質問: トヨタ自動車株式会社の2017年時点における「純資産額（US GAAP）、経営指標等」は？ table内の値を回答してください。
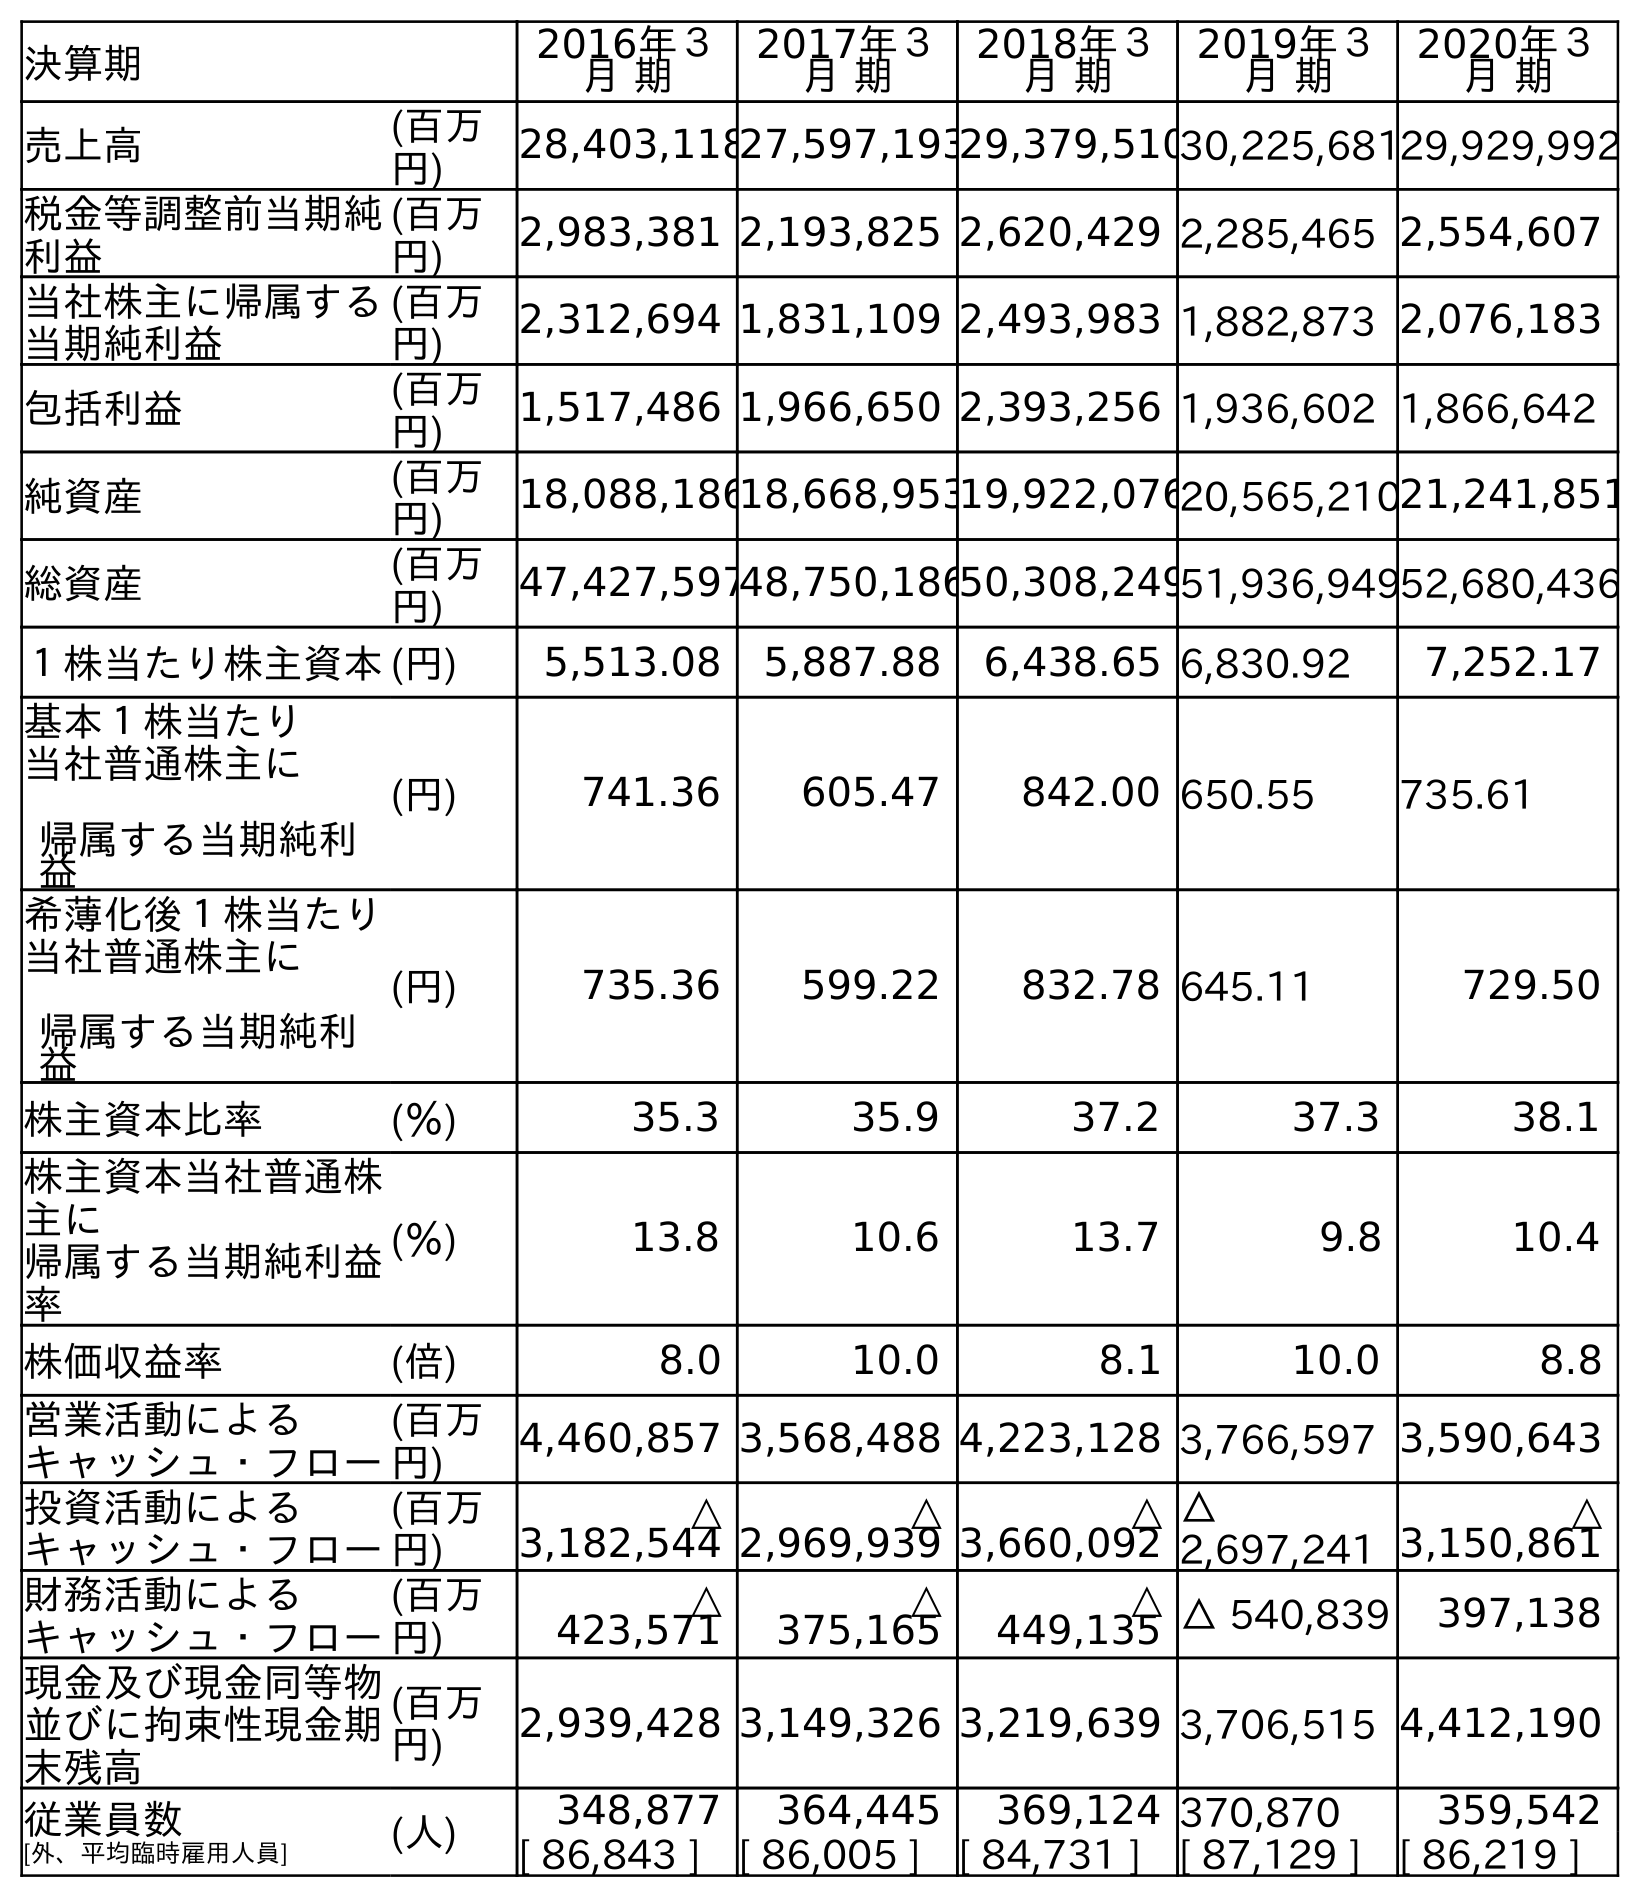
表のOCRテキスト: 決算期 2016年３ 月 期 2017年３ 月 期 2018年３ 月 期 2019年３ 月 期 2020年３ 月 期 売上高 (百万 円) 28,403,11827,597,19329,379,51030,225,68129,929,992 税金等調整前当期純 利益 (百万 円) 2,983,381 2,193,825 2,620,429 2,285,465 2,554,607 当社株主に帰属する 当期純利益 (百万 円) 2,312,694 1,831,109 2,493,983 1,882,873 2,076,183 包括利益 (百万 円) 1,517,486 1,966,650 2,393,256 1,936,602 1,866,642 純資産 (百万 円) 18,088,18618,668,95319,922,07620,565,21021,241,851 総資産 (百万 円) 47,427,59748,750,18650,308,24951,936,94952,680,436 １株当たり株主資本(円) 5,513.08 5,887.88 6,438.65 6,830.92 7,252.17 基本１株当たり 当社普通株主に 帰属する当期純利 益 (円) 741.36 605.47 842.00 650.55 735.61 希薄化後１株当たり 当社普通株主に 帰属する当期純利 益 (円) 735.36 599.22 832.78 645.11 729.50 株主資本比率 (％) 35.3 35.9 37.2 37.3 38.1 株主資本当社普通株 主に 帰属する当期純利益 率 (％) 13.8 10.6 13.7 9.8 10.4 株価収益率 (倍) 8.0 10.0 8.1 10.0 8.8 営業活動による キャッシュ・フロー (百万 円) 4,460,857 3,568,488 4,223,128 3,766,597 3,590,643 投資活動による キャッシュ・フロー (百万 円) △ 3,182,544 △ 2,969,939 △ 3,660,092 △ 2,697,241 △ 3,150,861 財務活動による キャッシュ・フロー (百万 円) △ 423,571 △ 375,165 △ 449,135 △ 540,839 397,138 現金及び現金同等物 並びに拘束性現金期 末残高 (百万 円) 2,939,428 3,149,326 3,219,639 3,706,515 4,412,190 従業員数 [外、平均臨時雇用人員] (人) 348,877 364,445 369,124 370,870 359,542 [ 86,843 ] [ 86,005 ] [ 84,731 ] [ 87,129 ] [ 86,219 ]
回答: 18,668,953